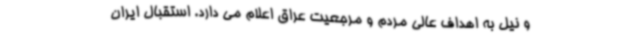
و نیل به اهداف عالی مردم و مرجعیت عراق اعلام می دارد. استقبال ایران